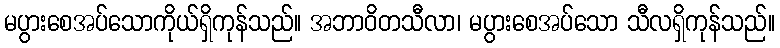
မပွားစေအပ်သောကိုယ်ရှိကုန်သည်။ အဘာဝိတသီလာ၊ မပွားစေအပ်သော သီလရှိကုန်သည်။